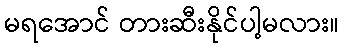
မရအောင် တားဆီးနိုင်ပါ့မလား။